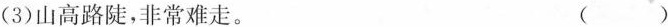
(3)山高路陡，\underset{·}{非}\underset{·}{常}难走。( )